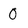
Character: 0